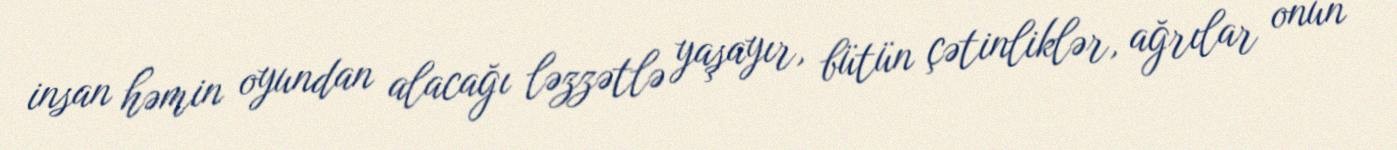
insan həmin oyundan alacağı ləzzətlə yaşayır, bütün çətinliklər, ağrılar onun